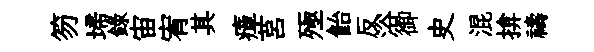
笏埽錄宙宥其瘴莒殛飴反浴御史混揜禱